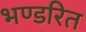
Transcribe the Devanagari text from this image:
भण्डरित